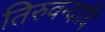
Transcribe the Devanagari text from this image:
तिरुवन्दादि